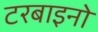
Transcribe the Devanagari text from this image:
टरबाइनो